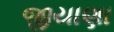
જીયાણા